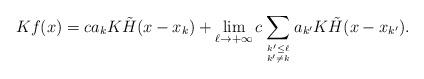
LaTeX: \begin{align*}Kf(x) = c a_k K\tilde{H}(x-x_k) + \lim_{\ell \to +\infty} c \sum_{k' \leq \ell \atop{k' \neq k} } a_{k'} K\tilde{H}(x-x_{k'}). \end{align*}